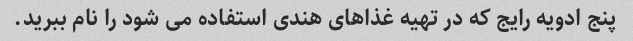
پنج ادویه رایج که در تهیه غذاهای هندی استفاده می شود را نام ببرید.